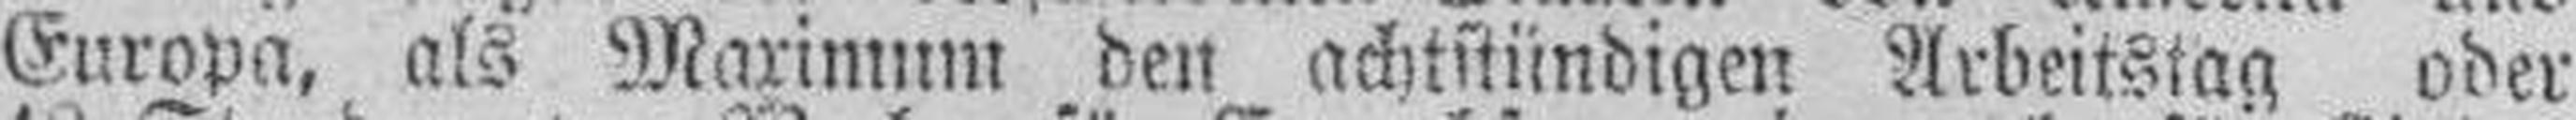
Europa, als Maximum den achtstündigen Arbeitstag oder